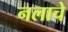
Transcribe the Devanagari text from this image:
नलाचे